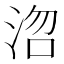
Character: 𭰞